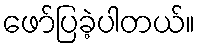
ဖော်ပြခဲ့ပါတယ်။